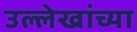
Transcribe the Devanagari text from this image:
उल्लेखांच्या